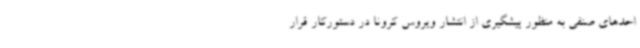
احدهای صنفی به منظور پیشگیری از انتشار ویروس کرونا در دستورکار قرار